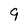
Character: 9